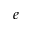
e